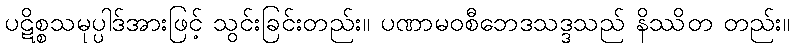
ပဋိစ္စသမုပ္ပါဒ်အားဖြင့် သွင်းခြင်းတည်း။ ပဏာမဝစီဘေဒသဒ္ဒသည် နိဿိတ တည်း။